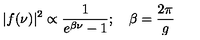
\vert f ( \nu ) \vert ^ { 2 } \propto { \frac { 1 } { e ^ { \beta \nu } - 1 } } ; \quad \beta = { \frac { 2 \pi } { g } }